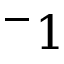
^ - 1